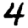
Digit: 4